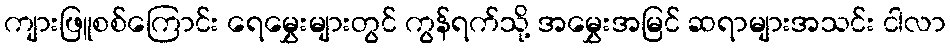
ကျားဖြူစစ်ကြောင်း ရေမွှေးများတွင် ကွန်ရက်သို့ အမွှေးအမြင် ဆရာများအသင်း ငါလာ